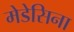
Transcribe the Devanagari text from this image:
मेडेसिना